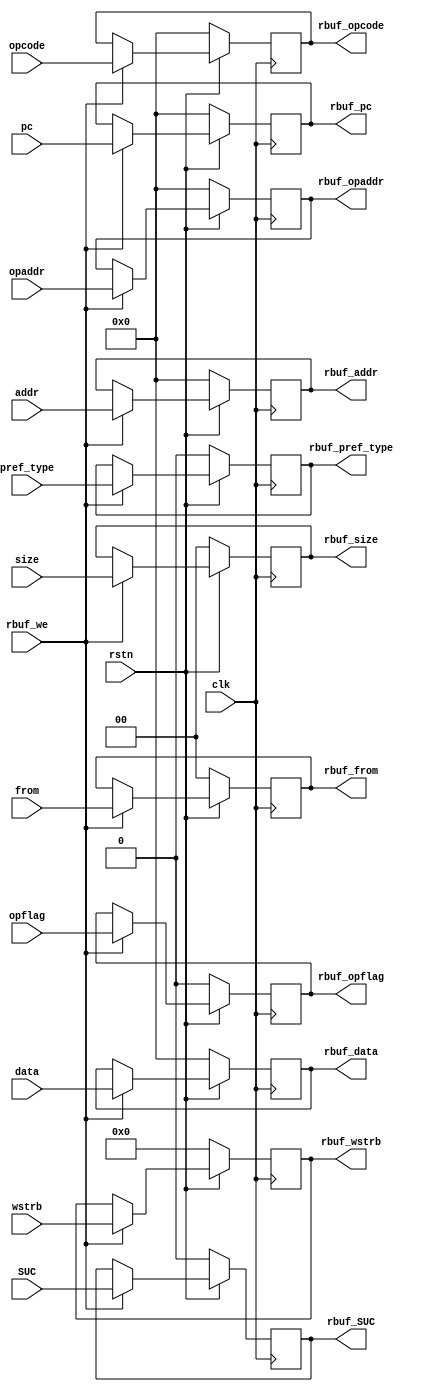
`timescale 1ns / 1ps
//////////////////////////////////////////////////////////////////////////////////
// Company: 
// Engineer: 
// 
// Design Name: 
// Module Name: L2cache_rbuf
// Project Name: 
// Target Devices: 
// Tool Versions: 
// Description: 
// 
// Dependencies: 
// 
// Revision:
// Revision 0.01 - File Created
// Additional Comments:
// 
//////////////////////////////////////////////////////////////////////////////////


module L2cache_rbuf#(
    parameter   offset_width=2
)
(
    input clk,rstn,rbuf_we,
    input [31:0]addr,data,opcode,opaddr,pc,
    output reg [31:0]rbuf_addr,rbuf_data,rbuf_opcode,rbuf_opaddr,rbuf_pc,
    input opflag,SUC,pref_type,
    output reg rbuf_opflag,rbuf_SUC,rbuf_pref_type,
    input [3:0]wstrb,
    output reg [3:0]rbuf_wstrb,
    input [1:0]from,//0-No 1-I 2-Dr 3-Dw
    output reg[1:0]rbuf_from,
    input [1:0]size,
    output reg [1:0]rbuf_size
    );
// reg rbuf_SUC1;
always @(posedge clk)begin
    if(!rstn)begin
        rbuf_addr <= 0;
        rbuf_data <= 0;
        rbuf_opcode <= 0;
        rbuf_opflag <= 0;
        rbuf_wstrb <= 0;
        rbuf_from <= 0;
        rbuf_SUC <= 0;
        rbuf_opaddr <= 0;
        rbuf_size <= 0;
        rbuf_pref_type <= 0;
        rbuf_pc <= 0;
    end
    else if(rbuf_we)begin
        rbuf_addr <= addr;
        rbuf_data <= data;
        rbuf_opcode <= opcode;
        rbuf_opflag <= opflag;
        rbuf_wstrb <= wstrb;
        rbuf_from <= from;
        rbuf_SUC <= SUC;
        rbuf_opaddr <= opaddr;
        rbuf_size <= size;
        rbuf_pref_type <= pref_type;
        rbuf_pc <= pc;
    end
end
// always @(*) begin
//     rbuf_SUC = rbuf_we ? SUC : rbuf_SUC1;
// end
endmodule